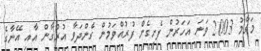
މަގާމު 2003 ވަނަ އަހަރުން ފެށިގެން ފުރުއްވަމުން ގެންދަވާ އުރުގާން އާއި އޭނާގެ